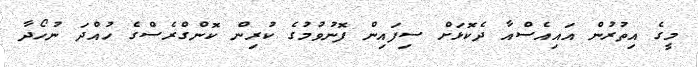
މީގެ އިތުރުން އައިއެސްއާާ ދެކޮޅަށް ސިފައިން ފޮނުވުމުގެ ކުރިން ކޮންގްރެސްގެ ހުއްދަ ނުހޯދާ